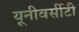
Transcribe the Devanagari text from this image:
यूनीवर्सीटी